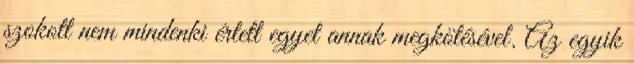
szokott nem mindenki értett egyet annak megkötésével. Az egyik